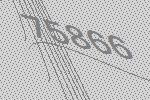
75866